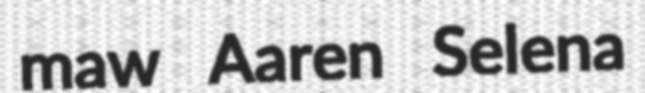
maw Aaren Selena